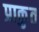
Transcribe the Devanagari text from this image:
प्राकृुत